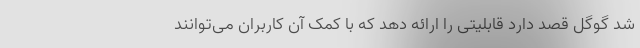
شد گوگل قصد دارد قابلیتی را ارائه دهد که با کمک آن کاربران می‌توانند